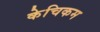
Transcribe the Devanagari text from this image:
केचिकम